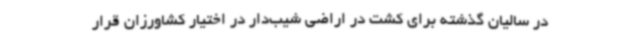
در سالیان گذشته برای کشت در اراضی شیب‌دار در اختیار کشاورزان قرار